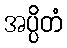
အပ္ပိတံ